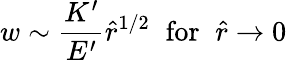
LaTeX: w\sim\frac{K^{\prime}}{E^{\prime}}\hat{r}^{1/2}\; \; \mathrm{for}\; \; \hat{r}\rightarrow 0